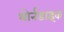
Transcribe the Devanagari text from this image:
थोर्नडाइक